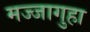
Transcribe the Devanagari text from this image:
मज्जागुहा